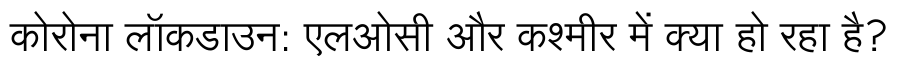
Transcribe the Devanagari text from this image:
कोरोना लॉकडाउन: एलओसी और कश्मीर में क्या हो रहा है?